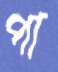
পা